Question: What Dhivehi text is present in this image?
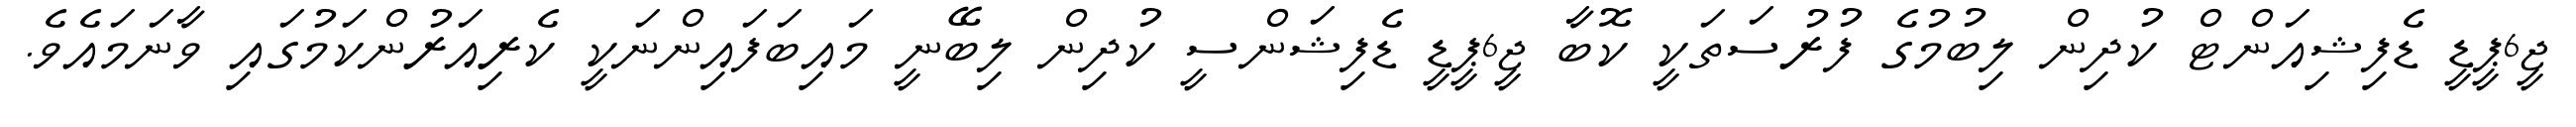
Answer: ޖީ6ޕީޑީ ޑެފިޝިއަންޓް ކުދިން ލިބުމުގެ ފުރުސަތަކީ ކޮބާ ޖީ6ޕީޑީ ޑެފިޝަންސީ ކުދިން ލިބޭނީ މައިބަފައިންނަކީ ކެރިއަރުންކަމުގައި ވާނަމައެވެ.